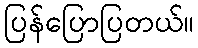
ပြန်ပြောပြတယ်။